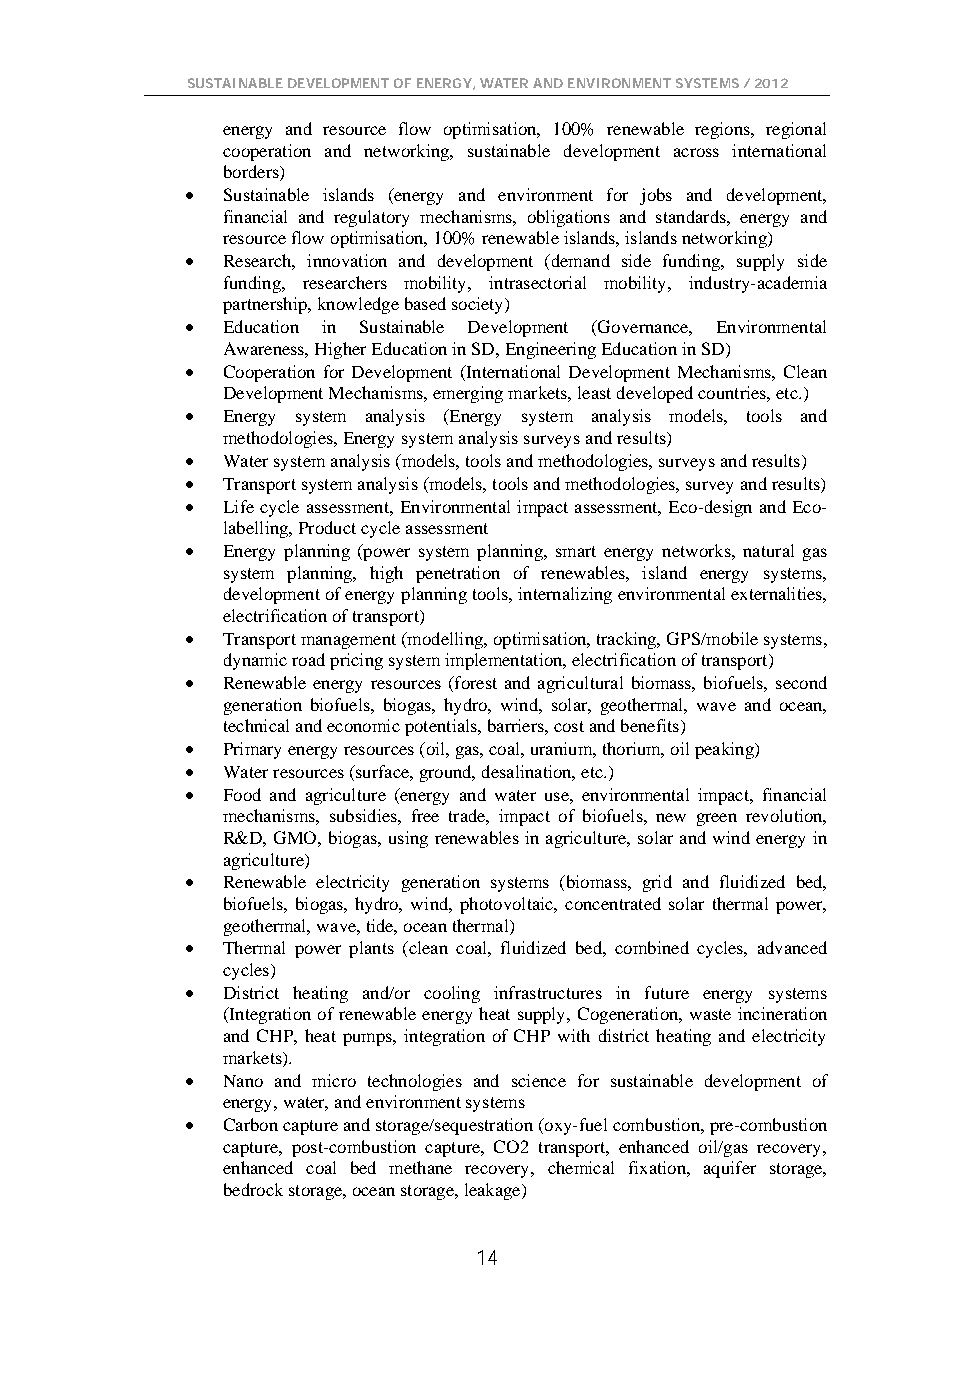
SUSTAINABLE DEVELOPMENT OF ENERGY, WATER AND ENVIRONMENT SYSTEMS / 2012
 energy and resource flow optimisation, 100% renewable regions, regional
 cooperation and networking, sustainable development across international
 borders)
 •  Sustainable islands (energy and environment for jobs and development,
 financial and regulatory mechanisms, obligations and standards, energy and
 resource flow optimisation, 100% renewable islands, islands networking)
 •  Research, innovation and development (demand side funding, supply side
 funding, researchers mobility, intrasectorial mobility, industry-academia
 partnership, knowledge based society)
 •  Education in Sustainable Development (Governance, Environmental
 Awareness, Higher Education in SD, Engineering Education in SD)
 •  Cooperation for Development (International Development Mechanisms, Clean
 Development Mechanisms, emerging markets, least developed countries, etc.)
 •  Energy system analysis (Energy system analysis models, tools and
 methodologies, Energy system analysis surveys and results)
 •  Water system analysis (models, tools and methodologies, surveys and results)
 •  Transport system analysis (models, tools and methodologies, survey and results)
 •  Life cycle assessment, Environmental impact assessment, Eco-design and Eco-
 labelling, Product cycle assessment
 •  Energy planning (power system planning, smart energy networks, natural gas
 system planning, high penetration of renewables, island energy systems,
 development of energy planning tools, internalizing environmental externalities,
 electrification of transport)
 •  Transport management (modelling, optimisation, tracking, GPS/mobile systems,
 dynamic road pricing system implementation, electrification of transport)
 •  Renewable energy resources (forest and agricultural biomass, biofuels, second
 generation biofuels, biogas, hydro, wind, solar, geothermal, wave and ocean,
 technical and economic potentials, barriers, cost and benefits)
 •  Primary energy resources (oil, gas, coal, uranium, thorium, oil peaking)
 •  Water resources (surface, ground, desalination, etc.)
 •  Food and agriculture (energy and water use, environmental impact, financial
 mechanisms, subsidies, free trade, impact of biofuels, new green revolution,
 R&D, GMO, biogas, using renewables in agriculture, solar and wind energy in
 agriculture)
 •  Renewable electricity generation systems (biomass, grid and fluidized bed,
 biofuels, biogas, hydro, wind, photovoltaic, concentrated solar thermal power,
 geothermal, wave, tide, ocean thermal)
 •  Thermal power plants (clean coal, fluidized bed, combined cycles, advanced
 cycles)
 •  District heating and/or cooling infrastructures in future energy systems
 (Integration of renewable energy heat supply, Cogeneration, waste incineration
 and CHP, heat pumps, integration of CHP with district heating and electricity
 markets).
 •  Nano and micro technologies and science for sustainable development of
 energy, water, and environment systems
 •  Carbon capture and storage/sequestration (oxy-fuel combustion, pre-combustion
 capture, post-combustion capture, CO2 transport, enhanced oil/gas recovery,
 enhanced coal bed methane recovery, chemical fixation, aquifer storage,
 bedrock storage, ocean storage, leakage)
 14